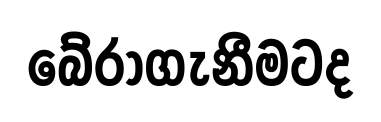
බේරාගැනීමටද